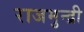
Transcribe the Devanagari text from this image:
राजमुन्द्री